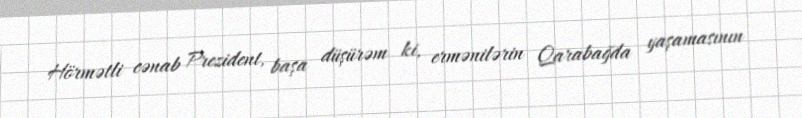
Hörmətli cənab Prezident, başa düşürəm ki, ermənilərin Qarabağda yaşamasının